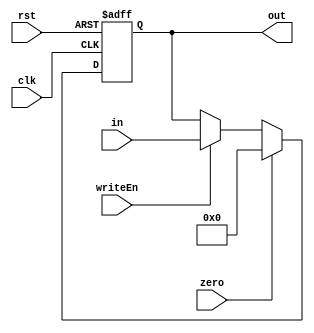
module sumReg (clk, rst, writeEn, zero, in, out);
  parameter DW = 8;
  parameter RW = 3 * DW;

  input clk, rst, writeEn, zero;
  input [RW-1:0] in;
  output reg [RW-1:0] out;

  always @ (posedge clk, posedge rst) begin
    if(rst) begin
      out <= 0;
    end
    else begin
      if(zero) begin
        out <= 0;
      end
      else begin
        if(writeEn) begin
          out <= in;
        end
      end
    end
  end
endmodule // sumReg